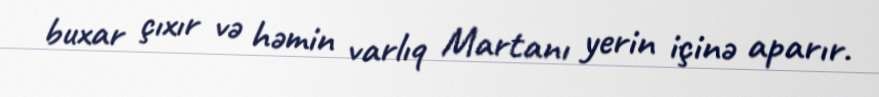
buxar çıxır və həmin varlıq Martanı yerin içinə aparır.